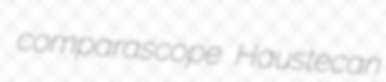
comparascope Haustecan